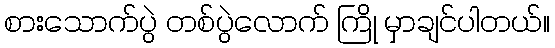
စားသောက်ပွဲ တစ်ပွဲလောက် ကြို မှာချင်ပါတယ်။